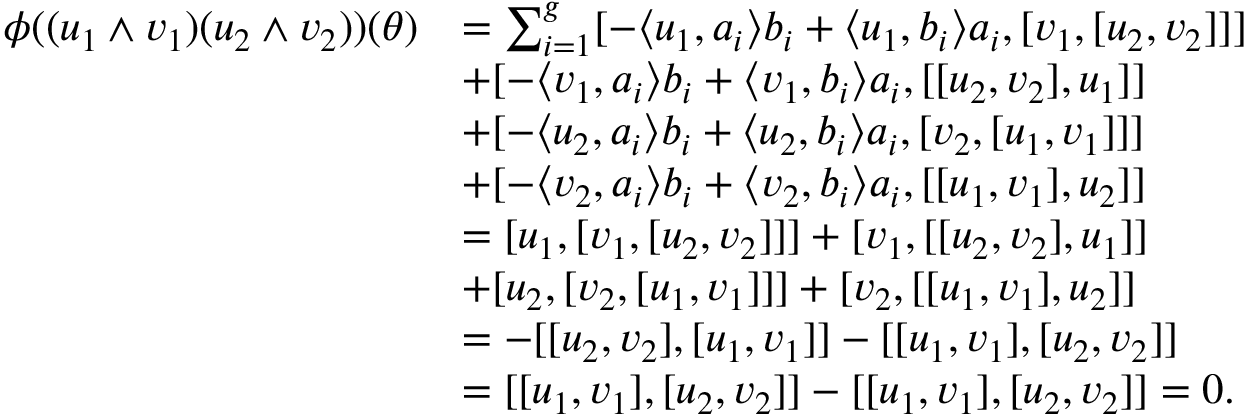
\begin{array} { r l } { \phi ( ( u _ { 1 } \wedge v _ { 1 } ) ( u _ { 2 } \wedge v _ { 2 } ) ) ( \theta ) } & { = \sum _ { i = 1 } ^ { g } [ - \langle u _ { 1 } , a _ { i } \rangle b _ { i } + \langle u _ { 1 } , b _ { i } \rangle a _ { i } , [ v _ { 1 } , [ u _ { 2 } , v _ { 2 } ] ] ] } \\ & { + [ - \langle v _ { 1 } , a _ { i } \rangle b _ { i } + \langle v _ { 1 } , b _ { i } \rangle a _ { i } , [ [ u _ { 2 } , v _ { 2 } ] , u _ { 1 } ] ] } \\ & { + [ - \langle u _ { 2 } , a _ { i } \rangle b _ { i } + \langle u _ { 2 } , b _ { i } \rangle a _ { i } , [ v _ { 2 } , [ u _ { 1 } , v _ { 1 } ] ] ] } \\ & { + [ - \langle v _ { 2 } , a _ { i } \rangle b _ { i } + \langle v _ { 2 } , b _ { i } \rangle a _ { i } , [ [ u _ { 1 } , v _ { 1 } ] , u _ { 2 } ] ] } \\ & { = [ u _ { 1 } , [ v _ { 1 } , [ u _ { 2 } , v _ { 2 } ] ] ] + [ v _ { 1 } , [ [ u _ { 2 } , v _ { 2 } ] , u _ { 1 } ] ] } \\ & { + [ u _ { 2 } , [ v _ { 2 } , [ u _ { 1 } , v _ { 1 } ] ] ] + [ v _ { 2 } , [ [ u _ { 1 } , v _ { 1 } ] , u _ { 2 } ] ] } \\ & { = - [ [ u _ { 2 } , v _ { 2 } ] , [ u _ { 1 } , v _ { 1 } ] ] - [ [ u _ { 1 } , v _ { 1 } ] , [ u _ { 2 } , v _ { 2 } ] ] } \\ & { = [ [ u _ { 1 } , v _ { 1 } ] , [ u _ { 2 } , v _ { 2 } ] ] - [ [ u _ { 1 } , v _ { 1 } ] , [ u _ { 2 } , v _ { 2 } ] ] = 0 . } \end{array}